NAE_ERA_R-2324_Eesti_Vabariigi_Pohiseaduslik_Assamblee, lk 125
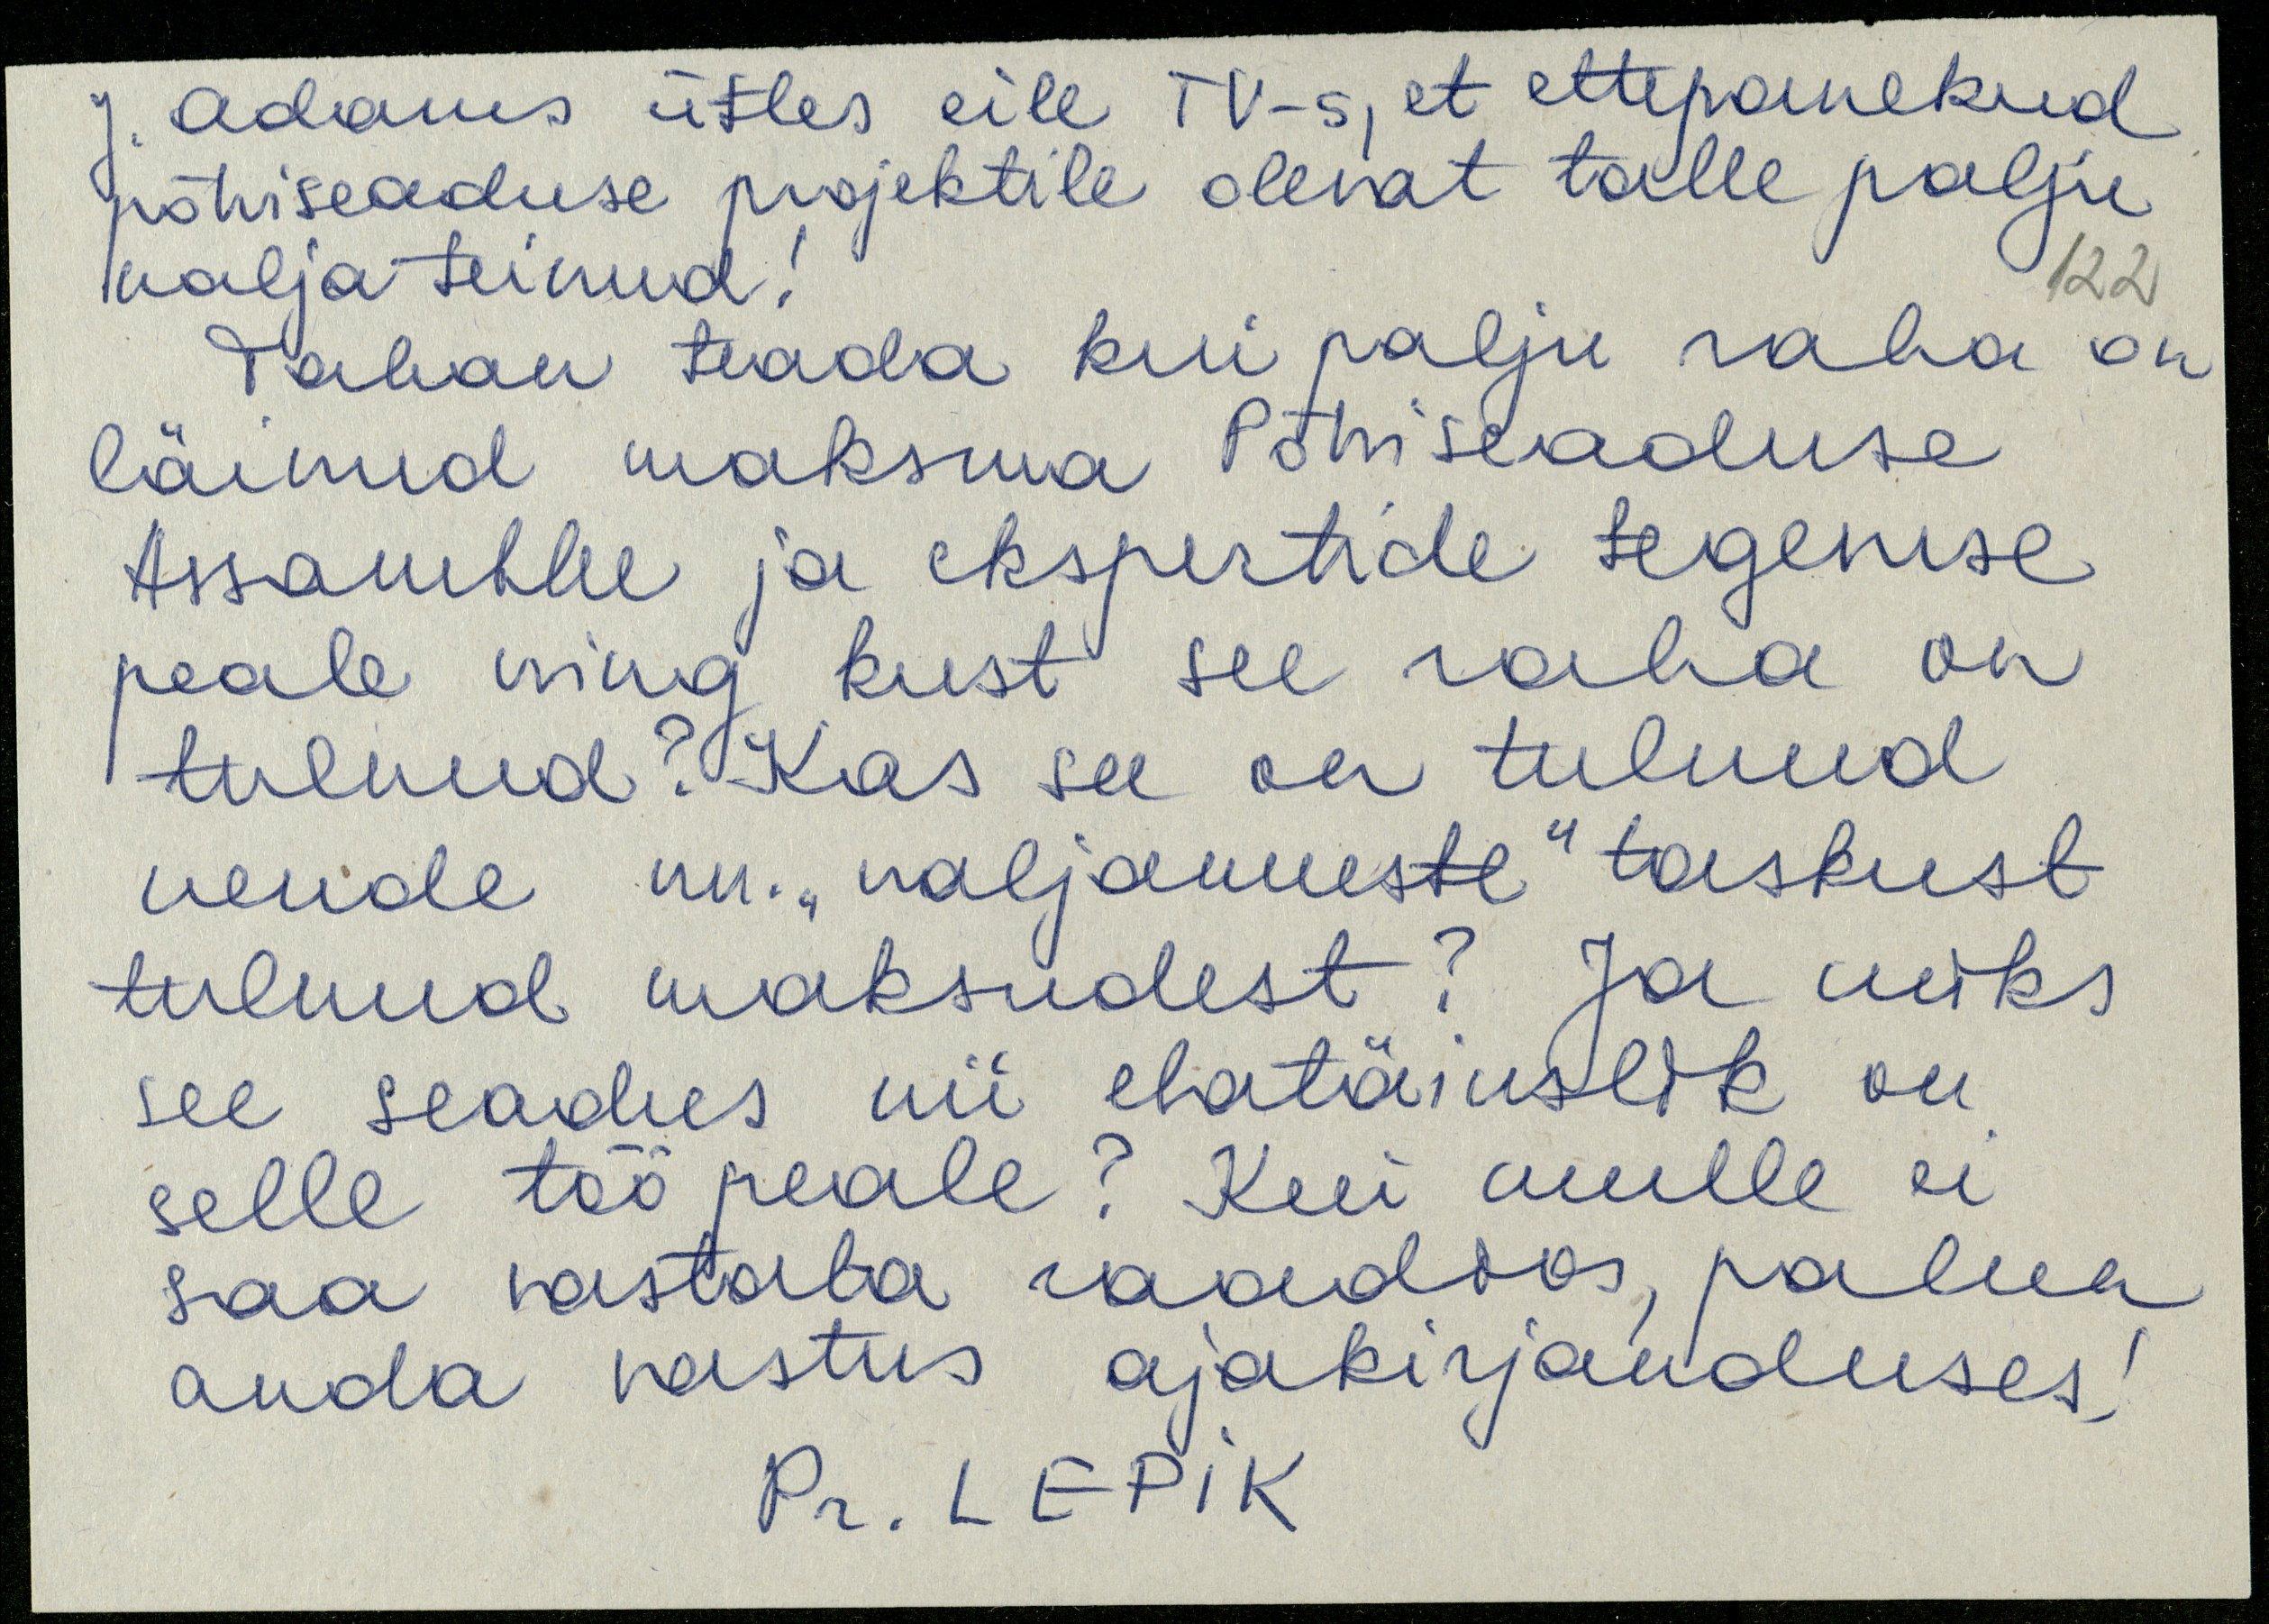
J. Adams ütles eile TV-s, et ettepanekud
põhiseaduse projektile olevat talle palju
nalja teinud!
Tahan teada kui palju raha on
läinud maksma Põhiseaduse
Assamblee ja ekspertide tegemse
peale ning kust see raha on
tulnud? Kas see on tulnud
nende nn. "naljameeste" taskust
tulnud maksudest? Ja miks
see seadus nii ebatäiuslik on
selle töö peale? Kui mulle ei
saa vastata raadios, palun
anda vastus ajakirjanduses!
Pr. LEPIK